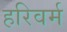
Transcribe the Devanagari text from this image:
हरिवर्म